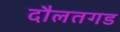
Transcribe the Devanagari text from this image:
दौलतगड